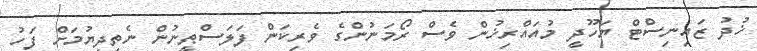
ޚުދު ޒައިނިސްޓް ޔަހޫދީ މުއައްރިޚުން ވެސް ރޯމަނުންގެ ވެރިކަން ފަލަސްޠީނުން ނެތިދިޔުމަށް ފަހު